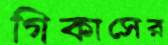
গিকাসের